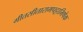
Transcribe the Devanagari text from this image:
गीतसीतारामपट्टाभिषेक